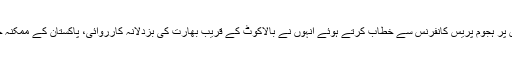
منگل کی شام آئی ایس پی آر کے آڈیٹوریم میں پر ہجوم پریس کانفرنس سے خطاب کرتے ہوئے انہوں نے بالاکوٹ کے قریب بھارت کی بزدلانہ کارروائی، پاکستان کے ممکنہ جواب اور بعض تکنیکی امور پر روشنی ڈالی۔